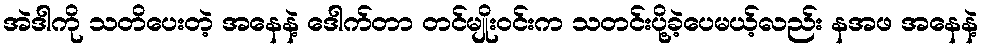
အဲဒါကို သတိပေးတဲ့ အနေနဲ့ ဒေါက်တာ တင်မျိုးဝင်းက သတင်းပို့ခဲ့ပေမယ့်လည်း နအဖ အနေနဲ့